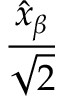
\frac { \hat { x } _ { \beta } } { \sqrt { 2 } }